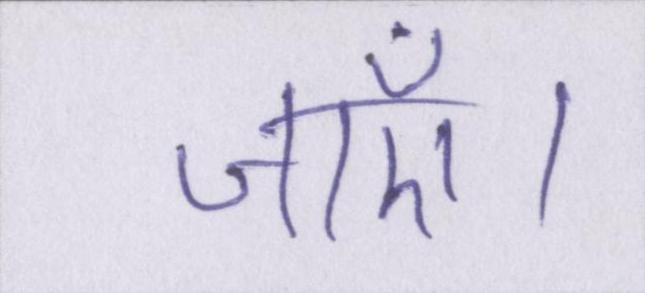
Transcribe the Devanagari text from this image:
जाएँ।